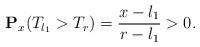
LaTeX: \begin{align*}\mathbf{P}_x(T_{l_1}>T_r)=\frac{x-l_1}{r-l_1}>0. \end{align*}